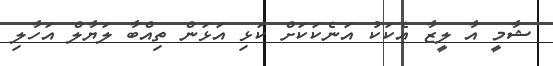
ޝާމީ އާ ލީޒާ އެކަކު އަނެކަކަށް ކަޅި އަޅަން ތިއްބާ ލަޔާލް އަހާލި